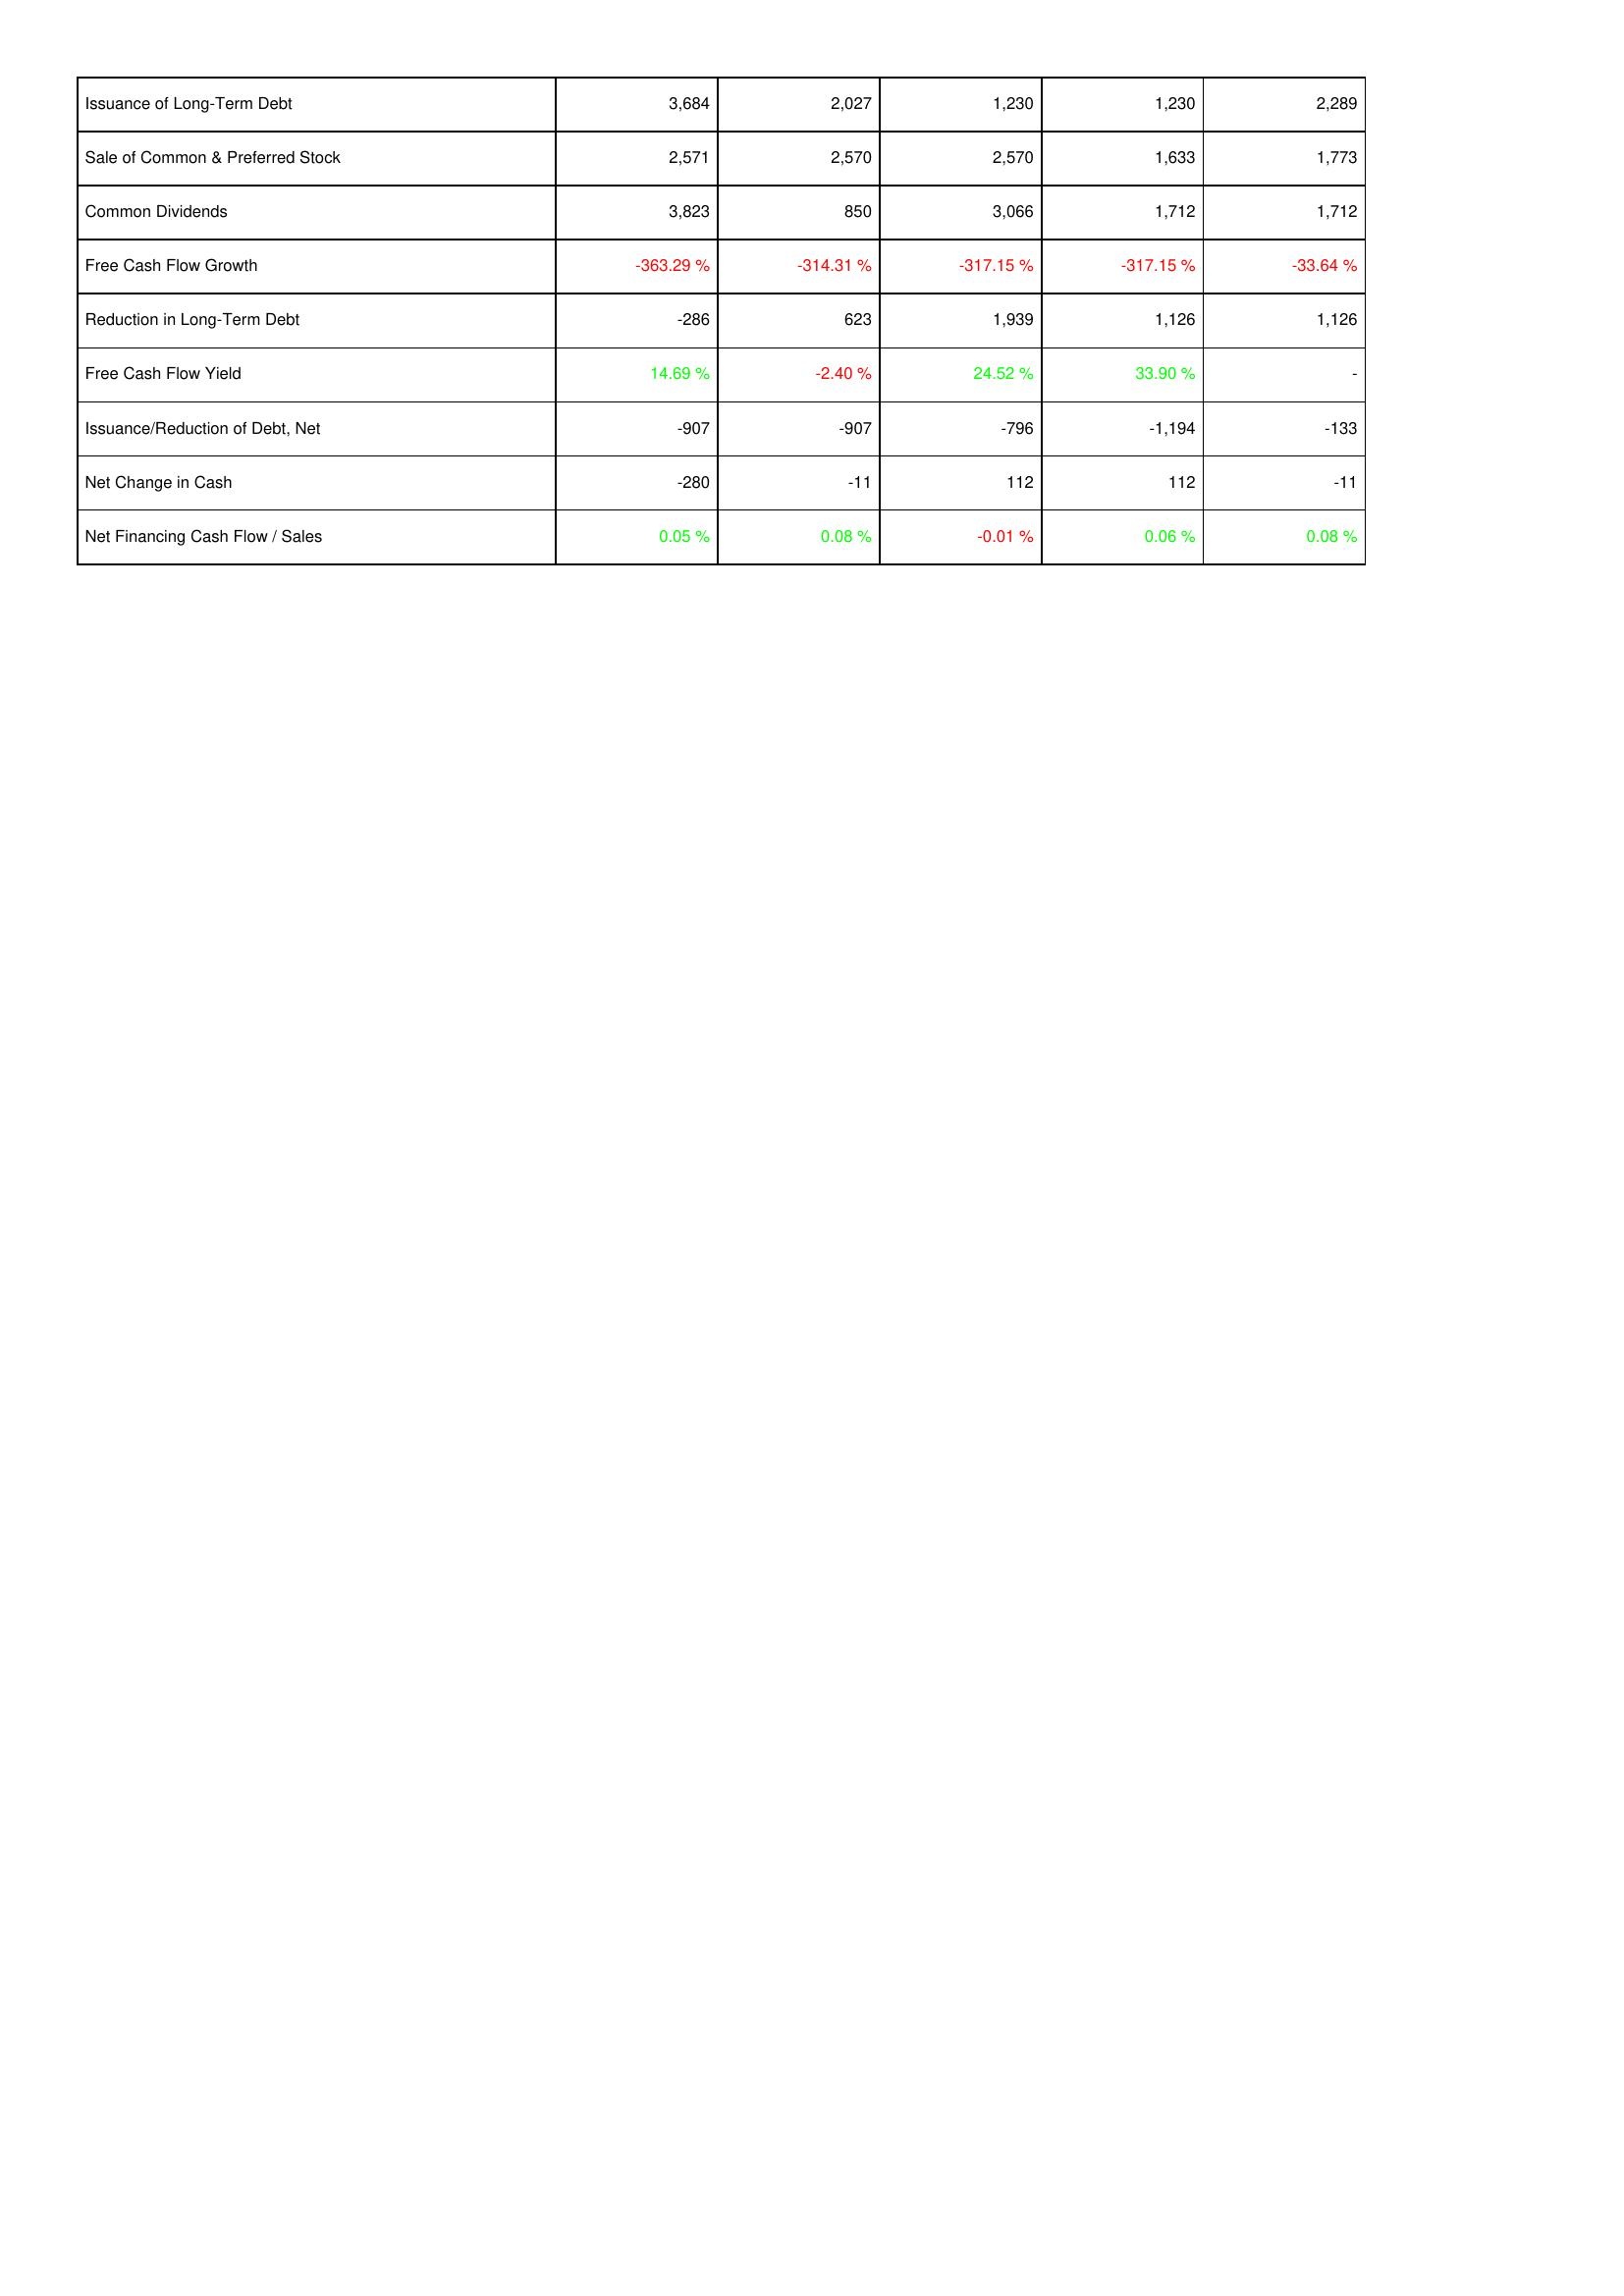
2026: Financing Activities: Issuance of Long-Term Debt: 3,684
Sale of Common & Preferred Stock: 2,571
Common Dividends: 3,823
Free Cash Flow Growth: -363.29 %
Reduction in Long-Term Debt: -286
Free Cash Flow Yield: 14.69 %
Issuance/Reduction of Debt, Net: -907
Net Change in Cash: -280
Net Financing Cash Flow / Sales: 0.05 %
2025: Financing Activities: Issuance of Long-Term Debt: 2,027
Sale of Common & Preferred Stock: 2,570
Common Dividends: 850
Free Cash Flow Growth: -314.31 %
Reduction in Long-Term Debt: 623
Free Cash Flow Yield: -2.40 %
Issuance/Reduction of Debt, Net: -907
Net Change in Cash: -11
Net Financing Cash Flow / Sales: 0.08 %
2024: Financing Activities: Issuance of Long-Term Debt: 1,230
Sale of Common & Preferred Stock: 2,570
Common Dividends: 3,066
Free Cash Flow Growth: -317.15 %
Reduction in Long-Term Debt: 1,939
Free Cash Flow Yield: 24.52 %
Issuance/Reduction of Debt, Net: -796
Net Change in Cash: 112
Net Financing Cash Flow / Sales: -0.01 %
2023: Financing Activities: Issuance of Long-Term Debt: 1,230
Sale of Common & Preferred Stock: 1,633
Common Dividends: 1,712
Free Cash Flow Growth: -317.15 %
Reduction in Long-Term Debt: 1,126
Free Cash Flow Yield: 33.90 %
Issuance/Reduction of Debt, Net: -1,194
Net Change in Cash: 112
Net Financing Cash Flow / Sales: 0.06 %
2022: Financing Activities: Issuance of Long-Term Debt: 2,289
Sale of Common & Preferred Stock: 1,773
Common Dividends: 1,712
Free Cash Flow Growth: -33.64 %
Reduction in Long-Term Debt: 1,126
Free Cash Flow Yield: -
Issuance/Reduction of Debt, Net: -133
Net Change in Cash: -11
Net Financing Cash Flow / Sales: 0.08 %